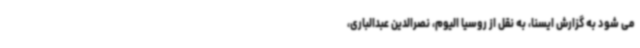
می شود به گزارش ایسنا، به نقل از روسیا الیوم، نصرالدین عبدالباری،